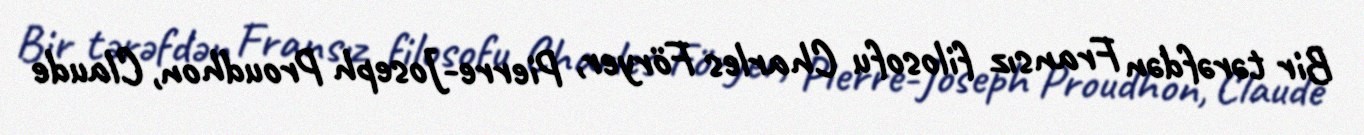
Bir tərəfdən Fransız filosofu Charles Föryer, Pierre-Joseph Proudhon, Claude